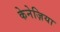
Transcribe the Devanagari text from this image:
केनेज़िया